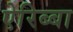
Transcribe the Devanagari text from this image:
ऐरिब्बा